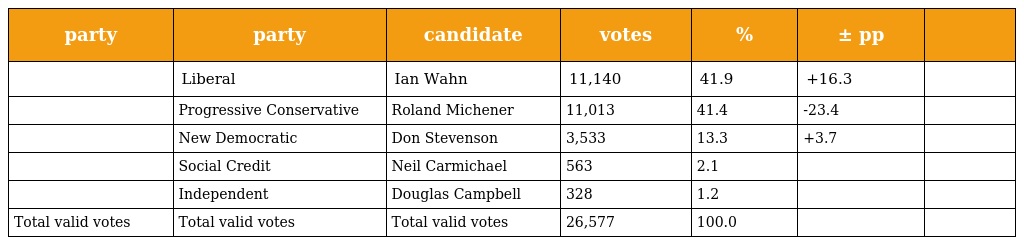
| party | party | candidate | votes | % | ± pp |  |
 | --- | --- | --- | --- | --- | --- | --- |
 |  | Liberal | Ian Wahn | 11,140 | 41.9 | +16.3 |  |
 |  | Progressive Conservative | Roland Michener | 11,013 | 41.4 | -23.4 |  |
 |  | New Democratic | Don Stevenson | 3,533 | 13.3 | +3.7 |  |
 |  | Social Credit | Neil Carmichael | 563 | 2.1 |  |  |
 |  | Independent | Douglas Campbell | 328 | 1.2 |  |  |
 | Total valid votes | Total valid votes | Total valid votes | 26,577 | 100.0 |  |  |